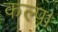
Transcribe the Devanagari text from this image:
कल्प।